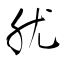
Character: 肬